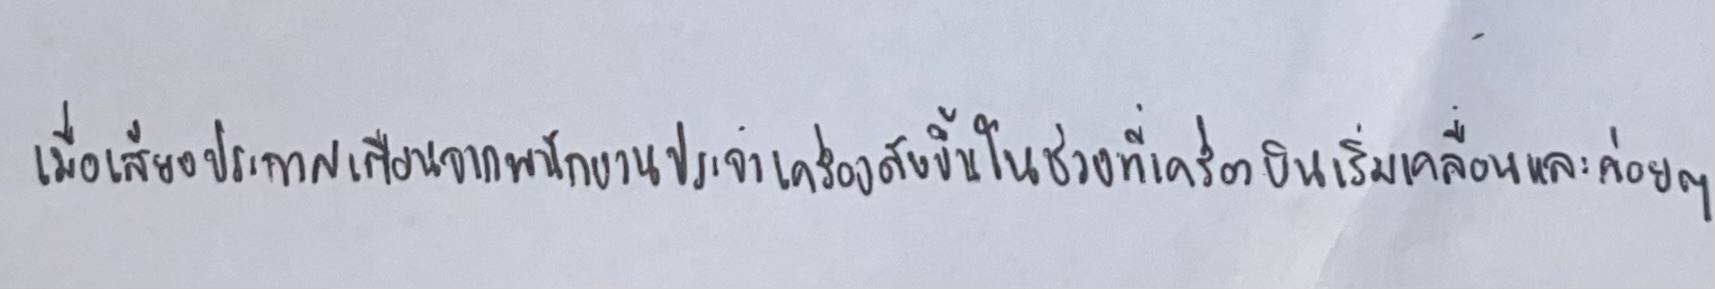
เมื่อเสียงประกาศเตือนของพนักงานประจำเครื่องดังขึ้นในช่วงที่เครื่องบินเริ่มเคลื่อนและค่อยๆ